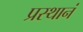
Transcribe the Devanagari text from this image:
प्रस्थानं